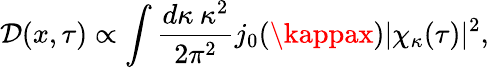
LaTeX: \mathcal{D}(x,\tau)\propto\int\frac{{d\kappa\: \kappa^{2}}}{{2\pi^{2}}}j_{0}(\kappax)|\chi_{\kappa}(\tau)|^{2},